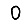
Digit: 0